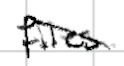
Text: file.
Cross-out: diagonal
Writing tool: digital_black